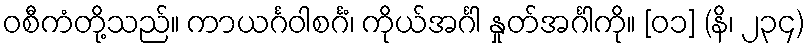
ဝစီကံတို့သည်။ ကာယင်္ဂဝါစင်္ဂံ၊ ကိုယ်အင်္ဂါ နှုတ်အင်္ဂါကို။ [၀၁] (နိ၊ ၂၃၄)